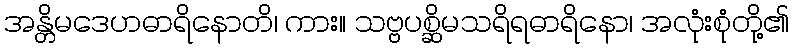
အန္တိမဒေဟဓာရိနောတိ၊ ကား။ သဗ္ဗပစ္ဆိမသရိရဓာရိနော၊ အလုံးစုံတို့၏